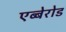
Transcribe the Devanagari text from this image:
एब्बेरोड